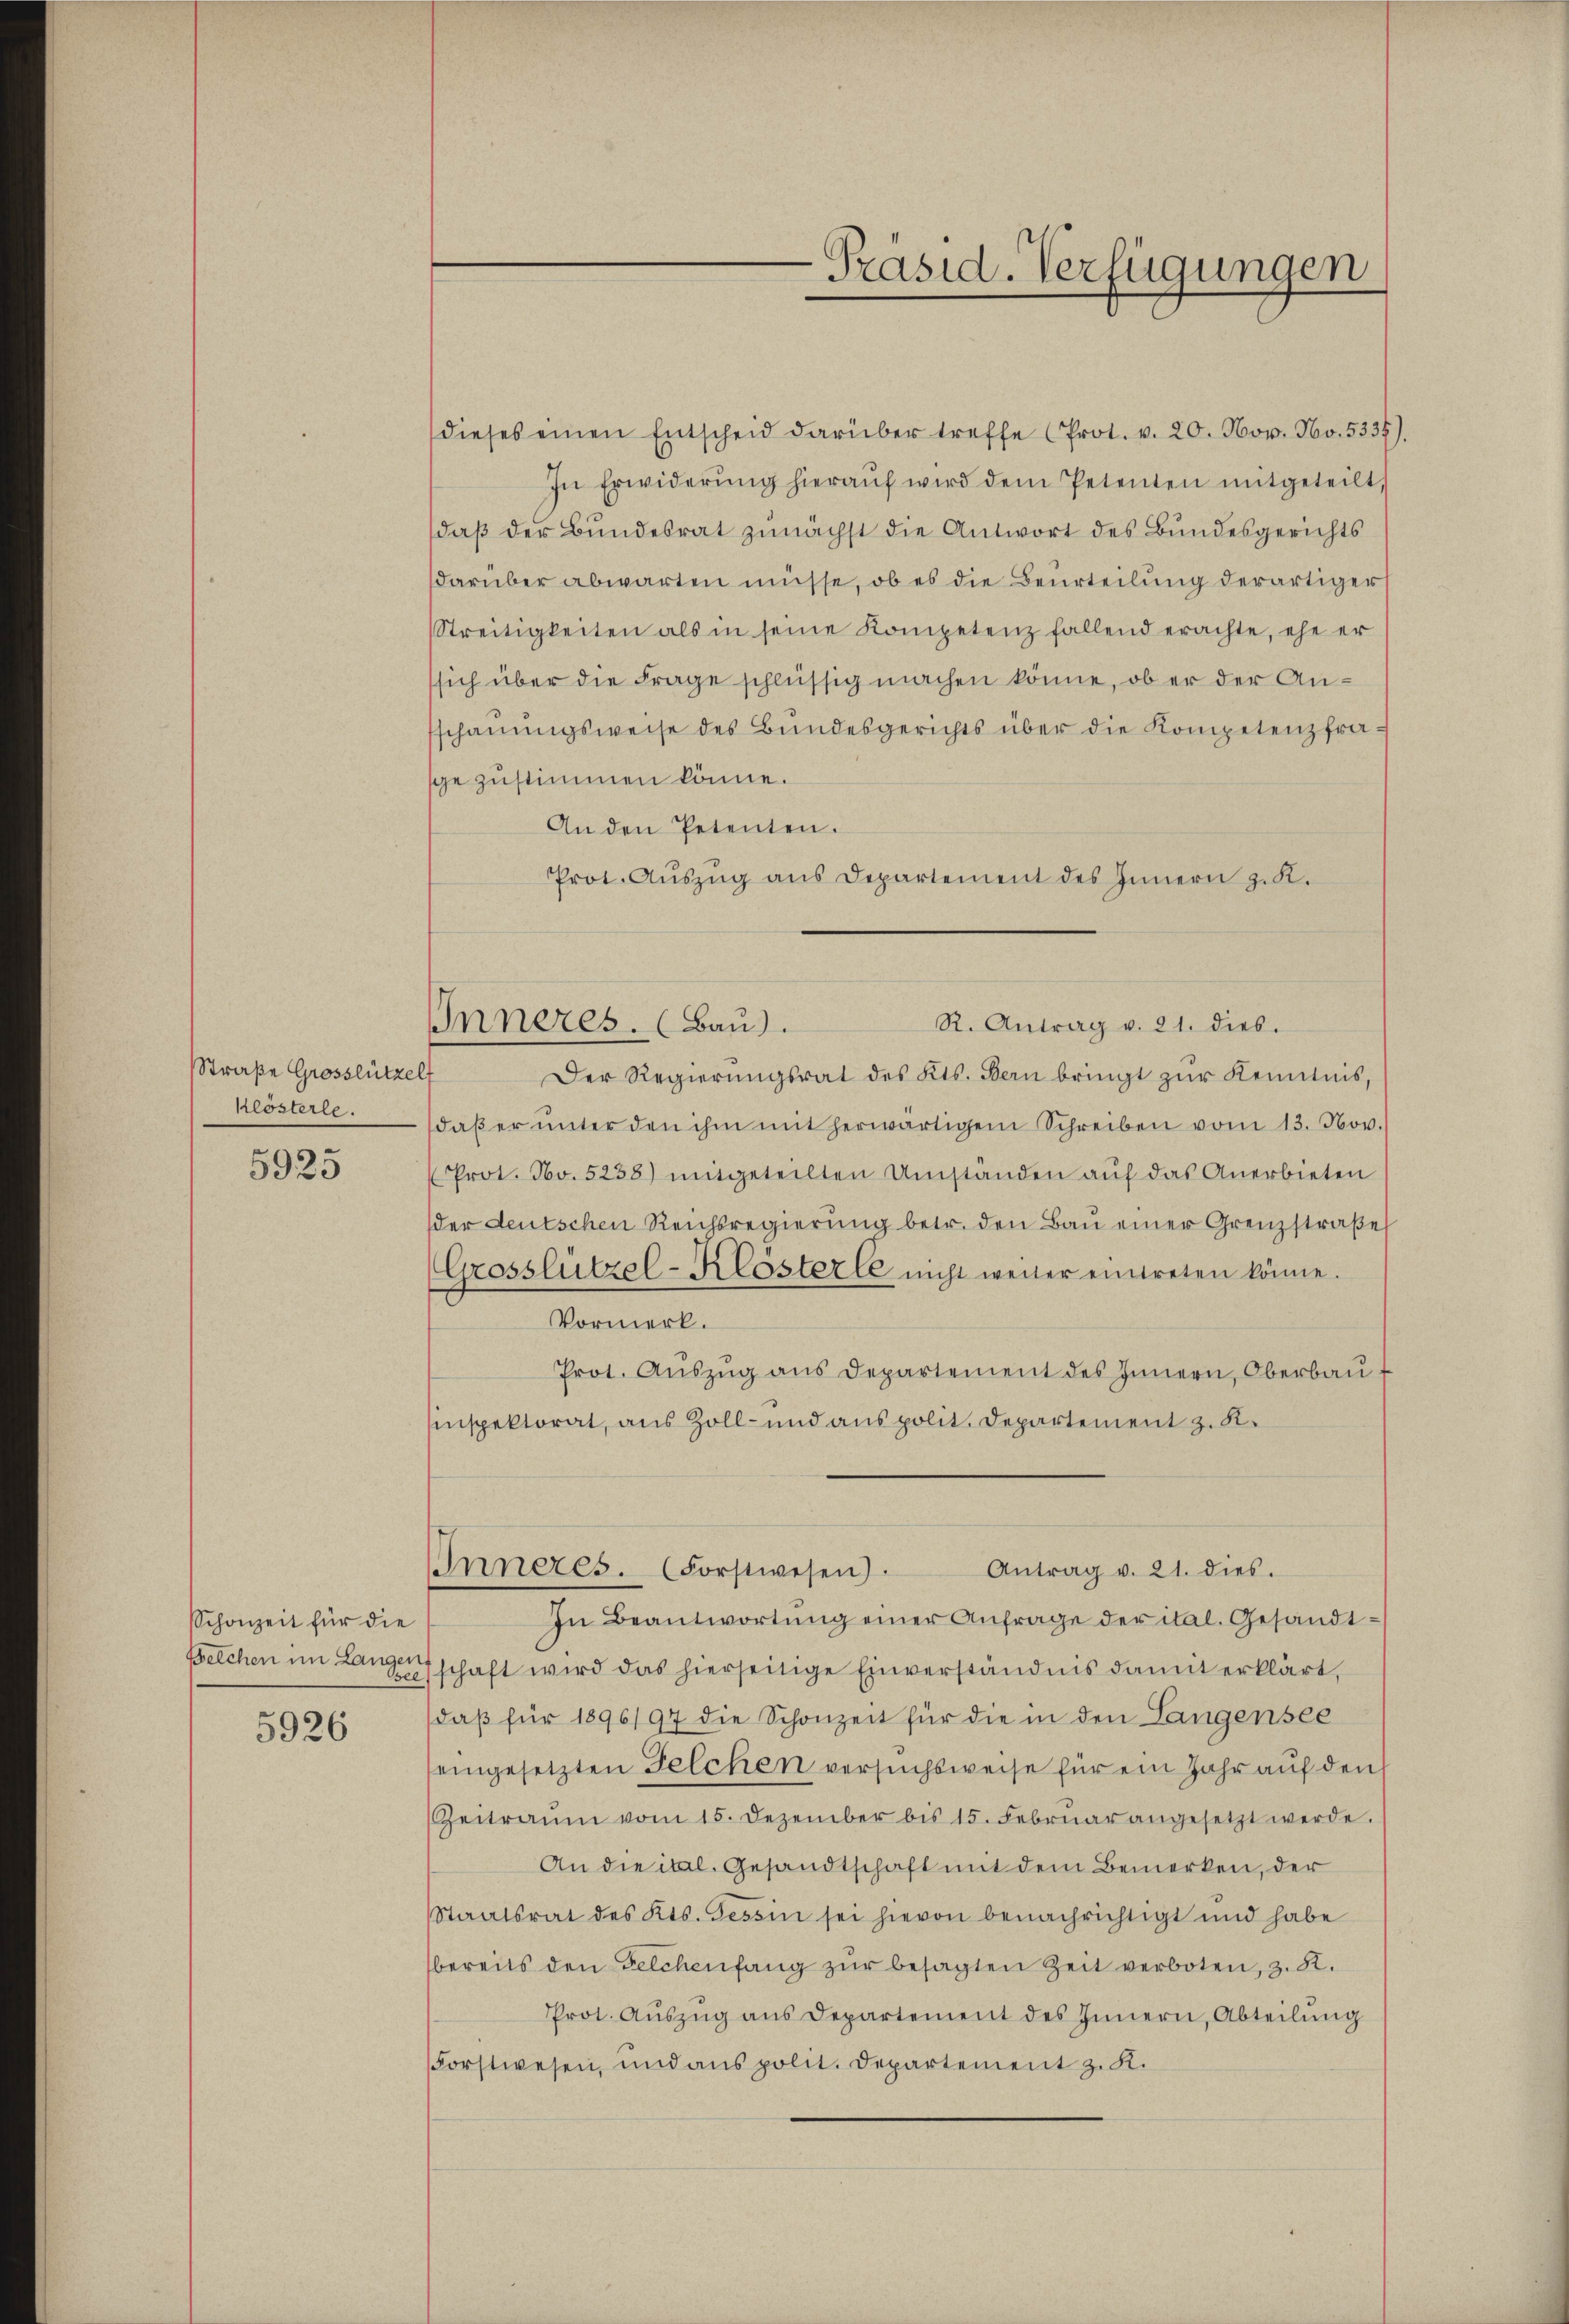
Straße Grosslützelf
klösterle.

5925

Schonzeit für die

5926

-Präsid. Verfügungen

Inneres. (Bau).
R. Antrag v. 21. dies.

dieses einen Entscheid darüber treffe (Prot. v. 20. Nov. No. 5337).
In Erwiderŭng hieraŭf wird dem Petenten mitgeteilt,
daβ der Bŭndesrat zŭnächst die Antwort des Bundesgerichts
darüber abwarten müsse, ob es die Beurteilung derartiger
Streitigkeiten als in seine Kompetenz fallend erachte, ehe er
sich über die Frage schlüssig machen könne, ob er der Ansschauungsweise des Bundesgerichts über die Kompetenzfragezustimmen könne.
An den Petenten.
Prot. Aŭszŭg ans Departement des Innern z. K.
Der Regierungsrat des Kts. Bern bringt zur Kenntnis,
daβ er ŭnter den ihm mit herwärtigem Schreiben vom 13. Nov.
(Prot. Nov. 5238) mitgeteilten Umständen aŭf das Anerbieten
der deutschen Reichsregierung betr. den Bau einer Grenzstraße
(Grosslützel-Klösterle nicht weder eintreten könne.
Vormerk.
Prot. Aŭszŭg ans Departement des Innern, Oberbaŭ f
Einspektorat, aus Zoll- und aus polit. Departement z. R.
Inneres. (Forstwesen). Antrag v. 21. dies.
In Beantwortŭng einer Anfrage der ital. Gesandt¬
Belchen im Langenschaft wird das hierseitige Einverständnis damit erklärt,
daβ für 1896/97 die Schonzeit für die in den Langensee
eingesetzten Felchen versuchsweise für ein Jahr auf den
Zeitraŭm vom 15. Dezember bis 15. Febrŭar angesetzt werde.
An die ital. Gesandtschaft mit dem Bemerken, der
Staatsrat des Kts. Tessin sei hievon benachrichtigt und habe
bereits den Felchenfang zŭr besagten Zeit verboten, z. R.
Prot. Aŭszŭg ans Departement des Innern, Abteilŭng
Forstwesen, und aus polit. Departement z. K.